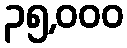
၃၅,၀၀၀